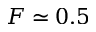
F \simeq 0 . 5